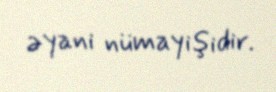
əyani nümayişidir.